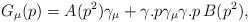
LaTeX: \begin{align*}G_\mu (p)=A(p^2)\gamma _\mu +\gamma .p\gamma _\mu \gamma .p\,B(p^2),\end{align*}